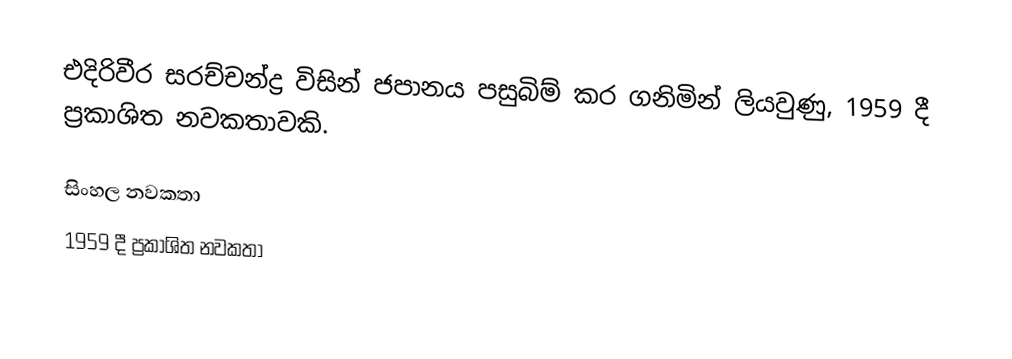
එදිරිවීර සරච්චන්ද්‍ර විසින් ජපානය පසුබිම් කර ගනිමින් ලියවුණු, 1959 දී ප්‍රකාශිත නවකතාවකි.

සිංහල නවකතා
1959 දී ප්‍රකාශිත නවකතා